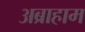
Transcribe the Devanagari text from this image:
अब्राहाम